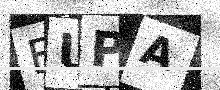
Text: BUPA